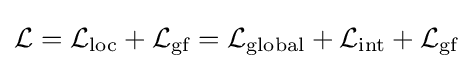
{\mathcal {L}}={\mathcal {L}}_{\text{loc}}+{\mathcal {L}}_{\text{gf}}={\mathcal {L}}_{\text{global}}+{\mathcal {L}}_{\text{int}}+{\mathcal {L}}_{\text{gf}}